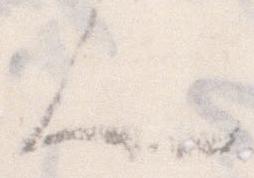
ん